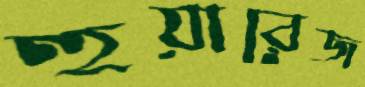
হুয়ারেজ